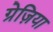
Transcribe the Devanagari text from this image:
ग्रेज़िया